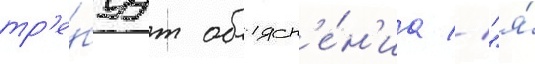
тр'е́буут объясн'е́н'иа // "я́